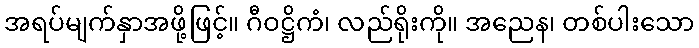
အရပ်မျက်နှာအဖို့ဖြင့်။ ဂီဝဋ္ဌိကံ၊ လည်ရိုးကို။ အညေန၊ တစ်ပါးသော